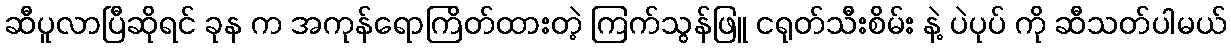
ဆီပူလာပြီဆိုရင် ခုန က အကုန်ရောကြိတ်ထားတဲ့ ကြက်သွန်ဖြူ ငရုတ်သီးစိမ်း နဲ့ ပဲပုပ် ကို ဆီသတ်ပါမယ်